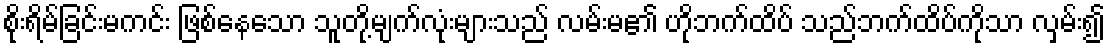
စိုးရိမ်ခြင်းမကင်း ဖြစ်နေသော သူတို့မျက်လုံးများသည် လမ်းမ၏ ဟိုဘက်ထိပ် သည်ဘက်ထိပ်ကိုသာ လှမ်း၍